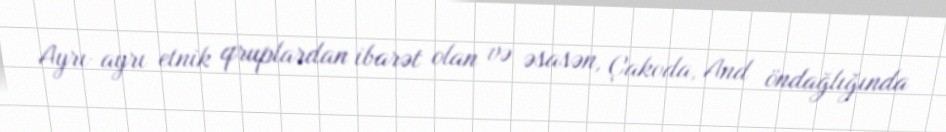
Ayrı-ayrı etnik qruplardan ibarət olan və əsasən, Çakoda, And öndağlığında